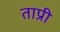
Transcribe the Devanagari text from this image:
ताप्री